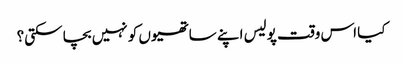
کیا اس وقت پولیس اپنے ساتھیوں کو نہیں بچا سکتی؟